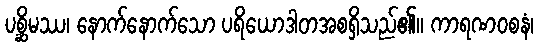
ပစ္ဆိမဿ၊ နောက်နောက်သော ပရိယောဒါတအစရှိသည်၏။ ကာရဏဝစနံ၊